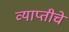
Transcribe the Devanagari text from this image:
व्याप्तीचे